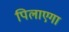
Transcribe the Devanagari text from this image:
पिलाएगा